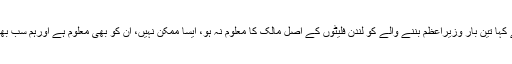
شیخ رشید نے کہا تین بار وزیراعظم بننے والے کو لندن فلیٹوں کے اصل مالک کا معلوم نہ ہو، ایسا ممکن نہیں، ان کو بھی معلوم ہے اورہم سب بھی جانتے ہیں۔